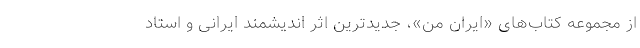
از مجموعه کتاب‌های «ایران من»، جدیدترین اثر اندیشمند ایرانی و استاد